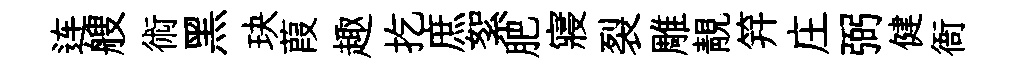
连艘術黑玦葭趣扢庶絮肥寢裂雕靚笄庄弼健衙